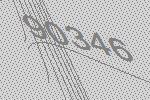
90346